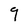
Character: 9